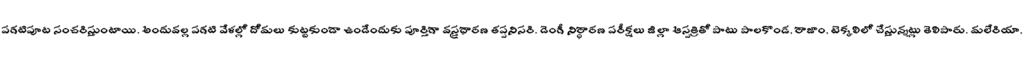
పగటిపూట సంచరిస్తుంటాయి. అందువల్ల పగటి వేళల్లో దోమలు కుట్టకుండా ఉండేందుకు పూర్తిగా వస్త్రధారణ తప్పనిసరి. డెంగీ నిర్ధారణ పరీక్షలు జిల్లా ఆస్పత్రితో పాటు పాలకొండ, రాజాం, టెక్కలిలో చేస్తున్నట్లు తెలిపారు. మలేరియా,